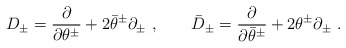
\begin{align*}D_\pm = \frac{\partial}{\partial \theta^\pm } + 2 \bar{\theta}^\pm \partial_\pm \ , \qquad\bar{D}_\pm = \frac{\partial}{\partial \bar{\theta}^\pm } + 2 {\theta}^\pm \partial_\pm \ .\end{align*}